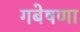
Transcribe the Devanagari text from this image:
गबेषणा